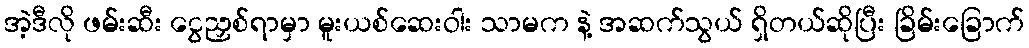
အဲ့ဒီလို ဖမ်းဆီး ငွေညှစ်ရာမှာ မူးယစ်ဆေးဝါး သာမက နဲ့ အဆက်သွယ် ရှိတယ်ဆိုပြီး ခြိမ်းခြောက်